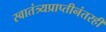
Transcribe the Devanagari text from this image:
स्वातंत्र्यप्राप्तीनंतरही